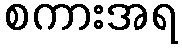
စကားအရ